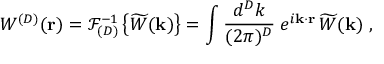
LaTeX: W ^ { ( { D } ) } ( { \bf r } ) = { \mathcal F } _ { ( { D } ) } ^ { - 1 } \left\{ \widetilde { W } ( { \bf k } ) \right\} = \int \frac { d ^ { { D } } k } { ( 2 \pi ) ^ { { D } } } \; e ^ { i { \bf k } \cdot { \bf r } } \, \widetilde { W } ( { \bf k } ) \; ,